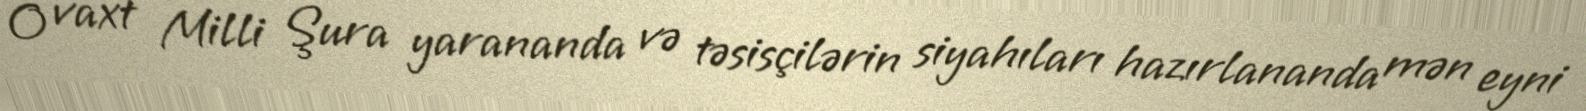
O vaxt Milli Şura yarananda və təsisçilərin siyahıları hazırlananda mən eyni